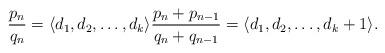
LaTeX: \begin{align*} \frac{p_n}{q_n}= \langle d_1,d_2,\dots,d_k\rangle \frac{p_n+p_{n-1}}{q_n+q_{n-1}} = \langle d_1,d_2,\dots, d_k+1\rangle. \end{align*}